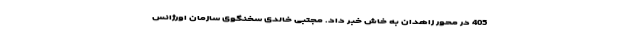
405 در محور زاهدان به خاش خبر داد. مجتبی خالدی سخنگوی سازمان اورژانس